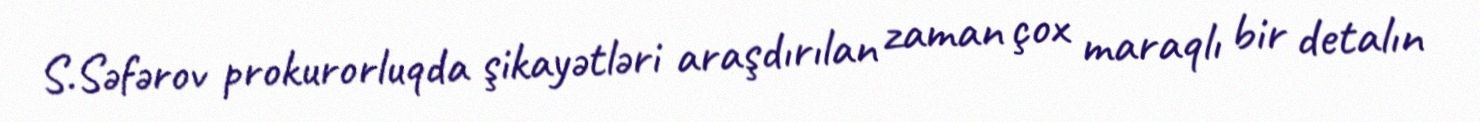
S.Səfərov prokurorluqda şikayətləri araşdırılan zaman çox maraqlı bir detalın